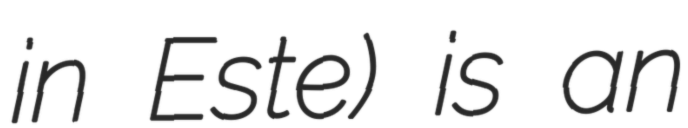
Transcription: in Este) is an